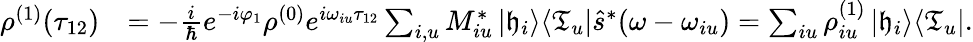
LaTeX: \begin{array}{rl}{\rho^{(1)}(\tau_{12})}&{=-\frac{i}{\hbar}e^{-i\varphi_{1}}\rho^{(0)}e^{i\omega_{iu}\tau_{12}}\sum_{i,u}M_{iu}^{*}\left|\mathfrak{h}_{i}\right>\! \left<\mathfrak{T}_{u}\right|\hat{s}^{*}(\omega-\omega_{iu})=\sum_{iu}\rho_{iu}^{(1)}\left|\mathfrak{h}_{i}\right>\! \left<\mathfrak{T}_{u}\right|.}\end{array}